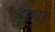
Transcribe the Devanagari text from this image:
कुंभपुरा